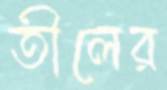
তীলের